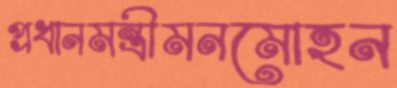
প্রধানমন্ত্রীমনমোহন